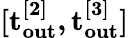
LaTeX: \mathbf{[t_{out}^{[2]},t_{out}^{[3]}]}